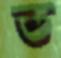
ভ